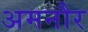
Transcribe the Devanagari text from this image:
अमनौर